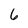
Character: 6